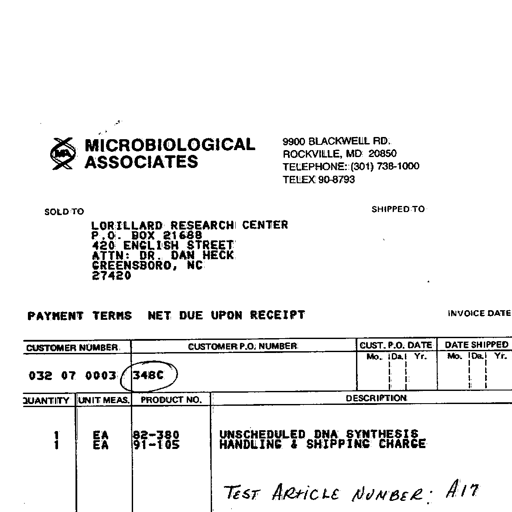
MICROBIOLOGICAL ASSOCIATES
9900 BLACKWELL RD.
ROCKVILLE, MD 20850
TELEPHONE: (301) 738-1000
TELEX 90-8793
SOLD TO
LORILLARD RESEARCH CENTER
P.O. BOX 21688
420 ENGLISH STREET
ATTN: DR. DAN HECK
GREENSBORO, NC
27420
SHIPPED TO
PAYMENT TERMS NET DUE UPON RECEIPT
INVOICE DATE
CUSTOMER NUMBER CUSTOMER P.O. NUMBER CUST. P.O. DATE DATE SHIPPED
Mo. Da. Yr. Mo. Da. Yr.
032 07 0003 348C
QUANTITY UNIT MEAS. PRODUCT NO. DESCRIPTION
1 EA 82-380 UNSCHEDULED DNA SYNTHESIS
EA 91-105 HANDLING & SHIPPING CHARGE
TEST ARTICLE NUMBER: A17